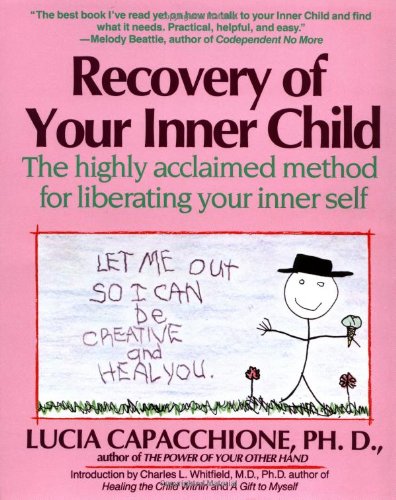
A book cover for Recovery of Your Inner Child: The Highly Acclaimed Method for Liberating Your Inner Self; Lucia Capacchione; Self-Help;